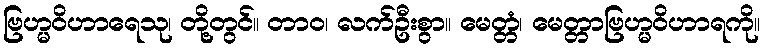
ဗြဟ္မဝိဟာရေသု၊ တို့တွင်။ တာဝ၊ လက်ဦးစွာ။ မေတ္တံ၊ မေတ္တာဗြဟ္မဝိဟာရကို။